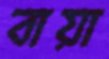
বায়া